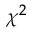
\chi ^ { 2 }